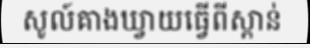
សូល៍គាងឃ្វាយធ្វើពីស្ពាន់